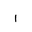
Letter: _alif